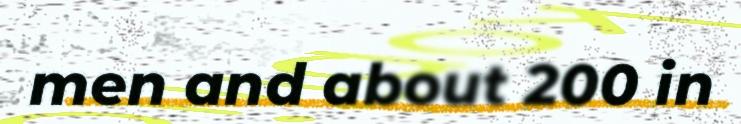
men and about 200 in